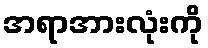
အရာအားလုံးကို